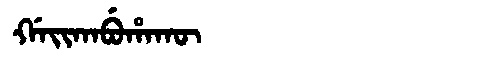
Manchu: ᡤᠠᡳᡴᠠᠪᡠᡥᠠᡴᡡ
Romanization: GAIKABUHAKŪ